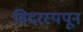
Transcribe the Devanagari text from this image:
विदरस्पपून